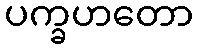
ပက္ခဟတော